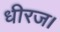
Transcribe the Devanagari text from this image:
धीरज।